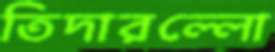
তিদারল্লো